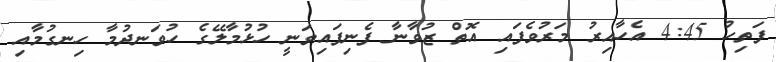
ފަތިހު 4:45 އެހާއިރު މަރުވެފައި އޮތް ޒުވާނާ ފެނިފައިވަނީ ހުޅުމާލޭގެ ހުވަނދުމާ ހިނގުމާއި